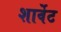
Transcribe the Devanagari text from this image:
शार्वेट